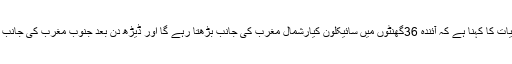
محکمہ موسمیات کا کہنا ہے کہ آئندہ 36گھنٹوں میں سائیکلون کیارشمال مغرب کی جانب بڑھتا رہے گا اور ڈیڑھ دن بعد جنوب مغرب کی جانب رُخ کرے گا۔